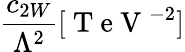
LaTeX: \frac{c_{2W}}{\Lambda^{2}}[\mathrm{~T~e~V~}^{-2}]